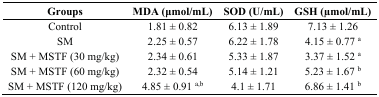
<table><thead><tr><td><b>Groups</b></td><td><b>MDA (μmol/mL)</b></td><td><b>SOD (U/mL)</b></td><td><b>GSH (μmol/mL)</b></td></tr></thead><tbody><tr><td>Control</td><td>1.81 ± 0.82</td><td>6.13 ± 1.89</td><td>7.13 ± 1.26</td></tr><tr><td>SM</td><td>2.25 ± 0.57</td><td>6.22 ± 1.78</td><td>4.15 ± 0.77 <sup>a</sup></td></tr><tr><td>SM + MSTF (30 mg/kg)</td><td>2.34 ± 0.61</td><td>5.33 ± 1.87</td><td>3.37 ± 1.52 <sup>a</sup></td></tr><tr><td>SM + MSTF (60 mg/kg)</td><td>2.32 ± 0.54</td><td>5.14 ± 1.21</td><td>5.23 ± 1.67 <sup>b</sup></td></tr><tr><td>SM + MSTF (120 mg/kg)</td><td>4.85 ± 0.91 <sup>a,b</sup></td><td>4.1 ± 1.71</td><td>6.86 ± 1.41 <sup>b</sup></td></tr></tbody></table>